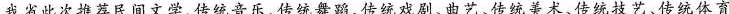
我省此次推荐民间文学、传统音乐、传统舞蹈、传统戏剧、曲艺、传统美术、传统技艺、传统体育